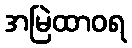
အမြဲထာဝရ